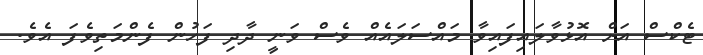
ޓެކްސް އަށް އޮޅުވާލައިފައިވާ މައްސަލައެއް ވެސް ވަނީ ދާދި ފަހުން ފެންމަތިވެފަ އެވެ.